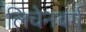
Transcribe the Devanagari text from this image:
लिचेनबर्ग